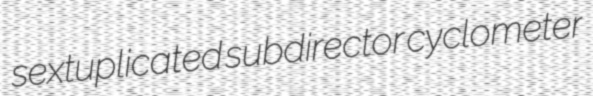
sextuplicated subdirector cyclometer